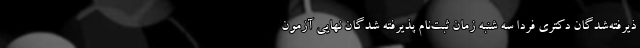
ذیرفته‌شدگان دکتری فردا سه شنبه زمان ثبت‌نام پذیرفته شدگان نهایی آزمون